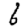
Digit: 6